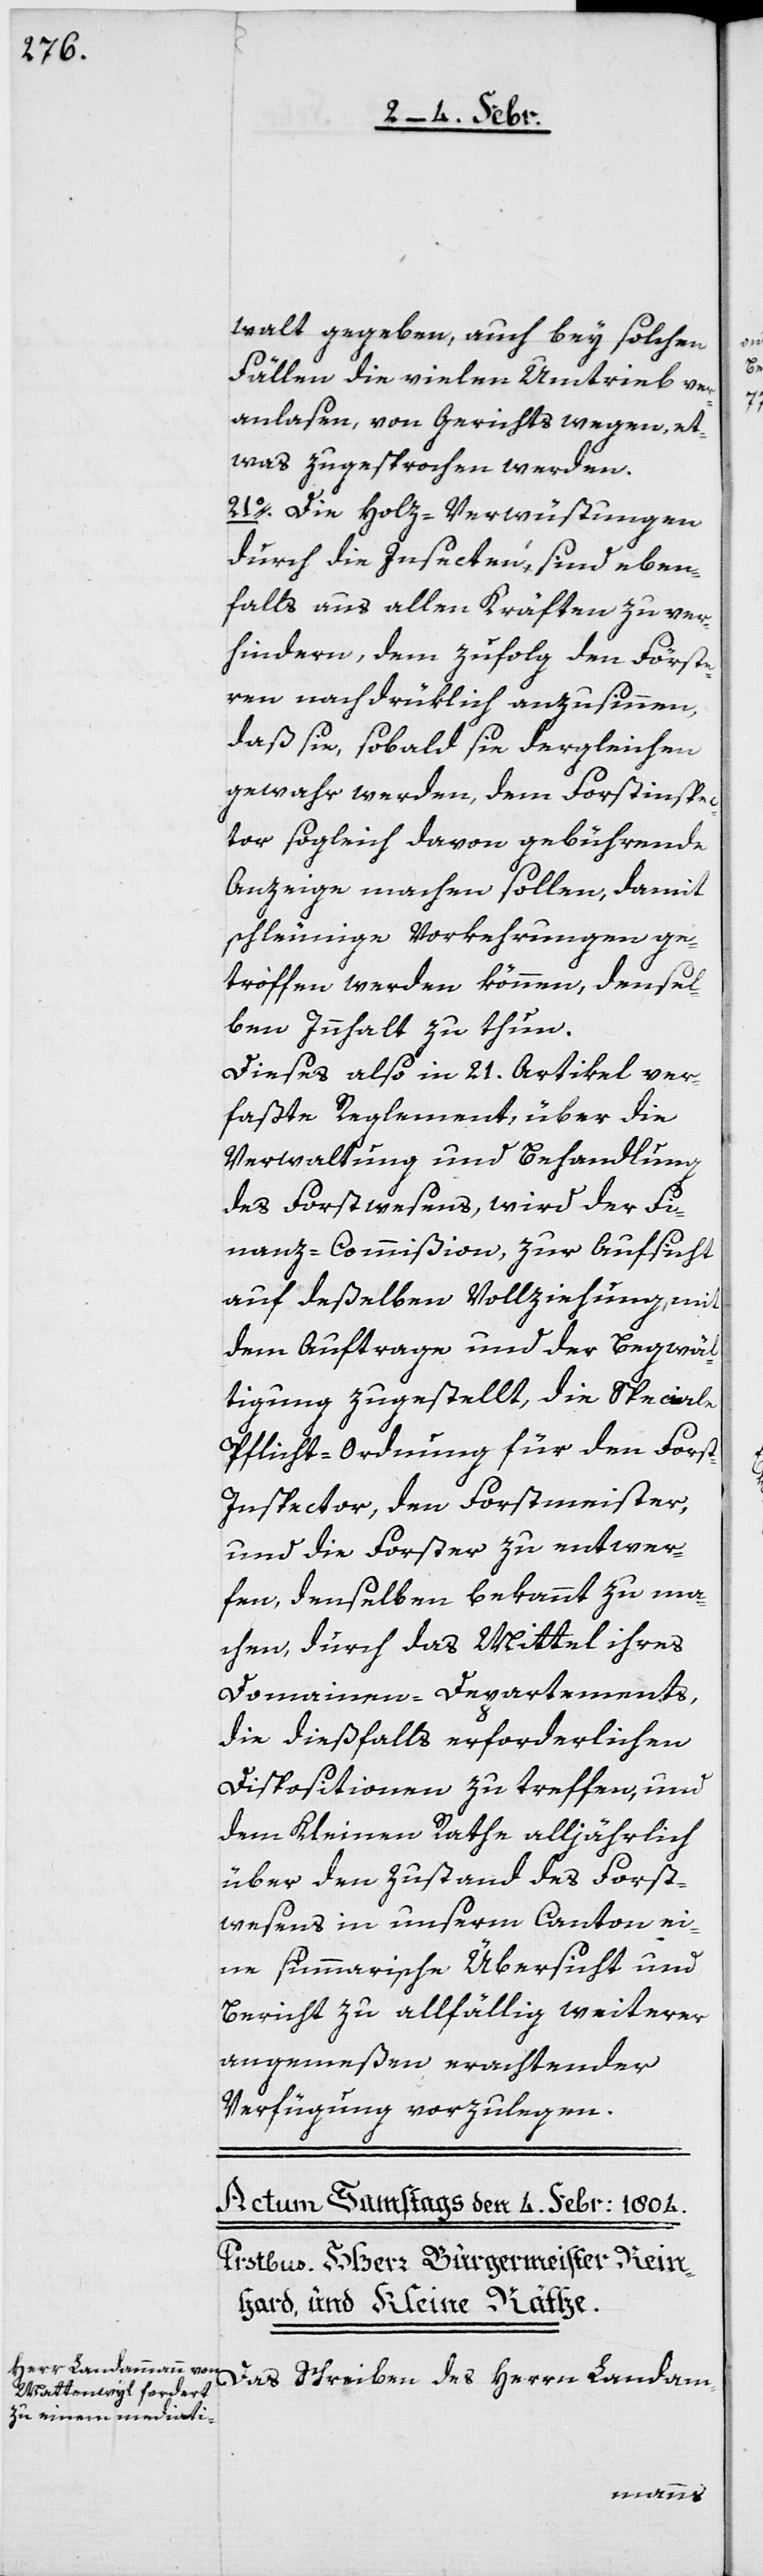
walt gegeben, auch bey solchen
Fällen die vielen Umtrieb ver¬
anlasen, von Gerichts wegen, et¬
was zugesprochen werden.
21o. Die Holz-Verwüstungen
durch die Insecten sind eben¬
falls aus allen Kräften zu ver¬
hindern, dem zufolg den Förste¬
ren nachdrüklich anzusinnen,
daß sie, sobald sie dergleichen
gewahr werden, dem Forstinspec¬
tor sogleich davon gebührende
Anzeige machen sollen, damit
schleunige Vorkehrungen ge¬
troffen werden können, densel¬
ben Innhalt zu thun.
Dieses also in 21. Artikel ver¬
faßte Reglement, über die
Verwaltung und Behandlung
des Forstwesens, wird der Fi¬
nanz-Commißion zur Aufsicht
auf deßelben Vollziehung, mit
dem Auftrage und der Begwäl¬
tigung zugestellt, die speciale
Pflicht-Ordnung für den Fors¬
t-Inspector, den Forstmeister,
und die Forster zu entwer¬
fen, denselben bekannt zu ma¬
chen, durch das Mittel ihres
Domainen-Departements,
die dießfalls erforderlichen
Dispositionen zu treffen, und
dem Kleinen Rathe alljährlich
über den Zustand des Forst¬
wesens in unserm Canton ei¬
ne summarische Übersicht und
Bericht zu allfällig weiterer
angemeßen erachtender
Verfügung vorzulegen.
Das Schreiben des Herrn Landam-